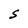
Character: S